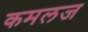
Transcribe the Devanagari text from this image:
कमलज